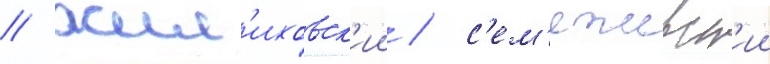
/ жил'иховск'ии / с'ем'ежевск'ии